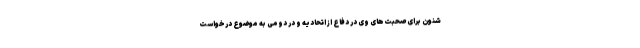
شنون برای صحبت‌های وی در دفاع از اتحادیه و در دومی به موضوع درخواست